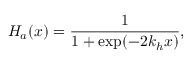
H _ { a } ( x ) = \frac { 1 } { 1 + \exp ( - 2 k _ { h } x ) } ,